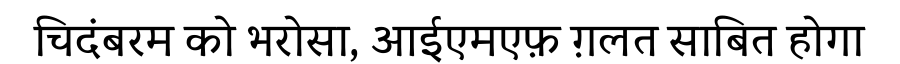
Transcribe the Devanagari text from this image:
चिदंबरम को भरोसा, आईएमएफ़ ग़लत साबित होगा